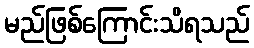
မည်ဖြစ်ကြောင်းသိရသည်